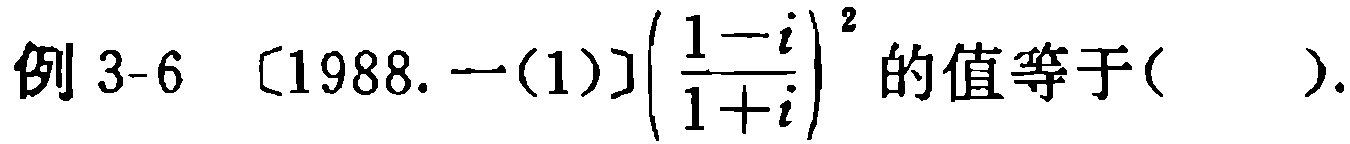
例 3-6 [1988. 一(1)]$\left(\frac{1 - i}{1 + i}\right)^2$ 的值等于( ).